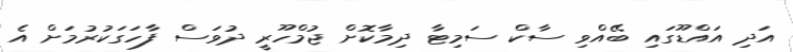
އަދި އައްޑޫގައި ބޭއްވި ސާކް ސަމިޓާ ދިމާކޮށް ޖުމްހޫރީ ދުވަސް ފާހަގަކުރުމަށް އެ